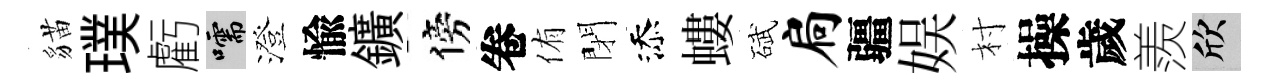
貓璞虧嚅澄愉鑛傍卷侑閉添螻碔扃疆娱村操歲羨欣